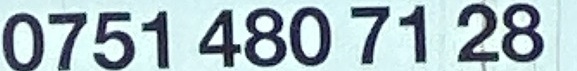
0751 480 71 28